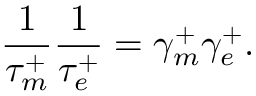
\frac { 1 } { \tau _ { m } ^ { + } } \frac { 1 } { \tau _ { e } ^ { + } } = \gamma _ { m } ^ { + } \gamma _ { e } ^ { + } .